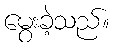
မွေးခဲ့သည်။